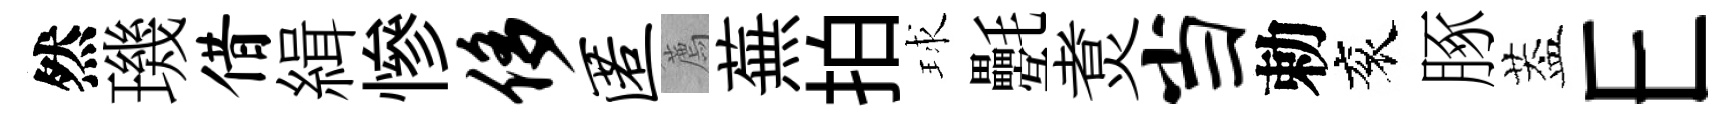
然璣借緝慘侈匿薦蕪拍球氎煑当勅衮䐁葢E